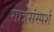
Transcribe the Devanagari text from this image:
गात्रसंस्पर्श